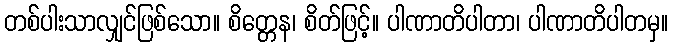
တစ်ပါးသာလျှင်ဖြစ်သော။ စိတ္တေန၊ စိတ်ဖြင့်။ ပါဏာတိပါတာ၊ ပါဏာတိပါတမှ။